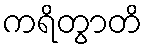
ကရိတွာတိ